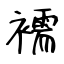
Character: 襦